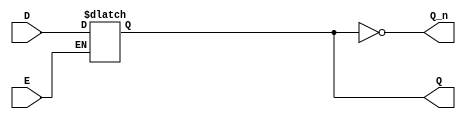
module async_gated_latch (
    input wire D,      // Data Input
    input wire E,      // Enable Signal
    output reg Q,      // Output
    output wire Q_n    // Complementary Output
);

// Complementary output
assign Q_n = ~Q;

// Always block for latch functionality
always @(*) begin
    if (E) begin
        Q <= D;      // Capture D when E is high
    end
    // When E is low, Q retains its previous state (implicit behavior)
end

endmodule